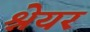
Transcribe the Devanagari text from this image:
श्नेयर